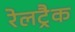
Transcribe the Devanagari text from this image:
रेलट्रैक